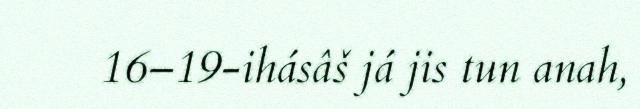
16–19-ihásâš já jis tun anah,